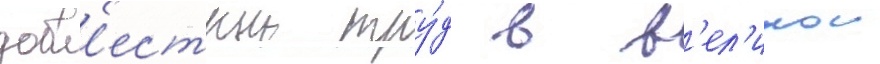
добл'естныи тру́д в в'ел'икои